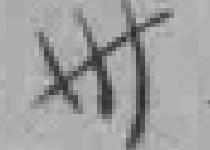
卅